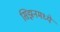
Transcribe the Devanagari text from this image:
सिझनमध्ये